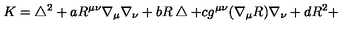
K = \bigtriangleup ^ { 2 } + a R ^ { \mu \nu } \nabla _ { \mu } \nabla _ { \nu } + b R \bigtriangleup + c g ^ { \mu \nu } ( \nabla _ { \mu } R ) \nabla _ { \nu } + d R ^ { 2 } +